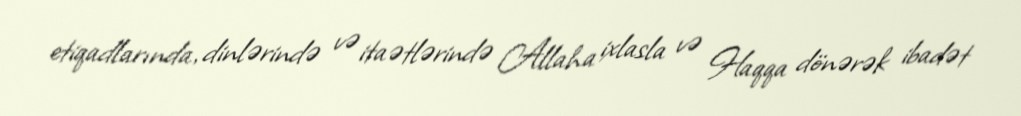
etiqadlarında, dinlərində və itaətlərində Allaha ixlasla və Haqqa dönərək ibadət